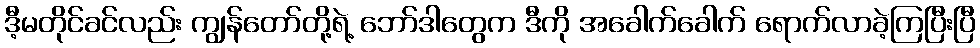
ဒီ့မတိုင်ခင်လည်း ကျွန်တော်တို့ရဲ့ ဘော်ဒါတွေက ဒီကို အခေါက်ခေါက် ရောက်လာခဲ့ကြပြီးပြီ